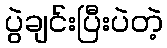
ပွဲချင်းပြီးပဲတဲ့